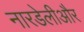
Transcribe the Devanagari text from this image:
नारडेलीऔर